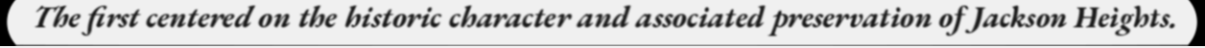
The first centered on the historic character and associated preservation of Jackson Heights.